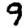
Digit: 9